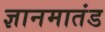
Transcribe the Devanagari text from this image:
ज्ञानमातंड